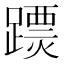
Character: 𨅟